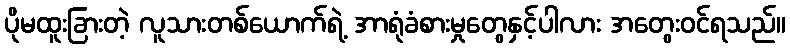
ပိုမထူးခြားတဲ့ လူသားတစ်ယောက်ရဲ့ အာရုံခံစားမှုတွေနှင့်ပါလား အတွေးဝင်ရသည်။